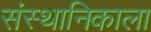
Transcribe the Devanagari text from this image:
संस्थानिकाला